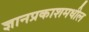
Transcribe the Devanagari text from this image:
ज्ञानप्रकाशमधील